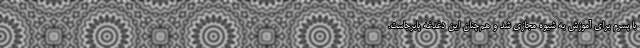
با پسرم برای آموزش به شیوه مجازی شد و هم‌چنان این دغدغه پابرجاست.